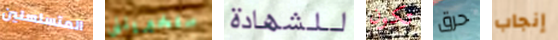
المتسلسلين ستخبرينني للشهادة تكون حرق إنجاب